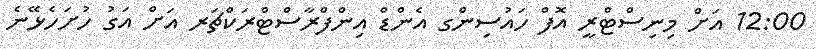
12:00 އަށް މިނިސްޓްރީ އޮފް ހައުސިންގ އެންޑް އިންފްރާސްޓްރަކްޗަރ އަށް އަގު ހުށަހެޅޭނެ